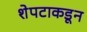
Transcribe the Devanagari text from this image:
शेपटाकडून